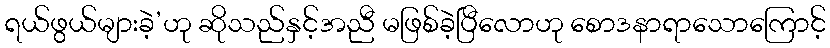
ရယ်ဖွယ်များခဲ့’ဟု ဆိုသည်နှင့်အညီ မဖြစ်ခဲ့ပြီလောဟု စောဒနာရာသောကြောင့်